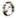
0